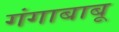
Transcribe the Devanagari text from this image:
गंगाबाबू